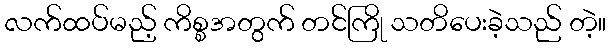
လက်ထပ်မည့် ကိစ္စအတွက် တင်ကြို သတိပေးခဲ့သည် တဲ့။